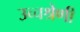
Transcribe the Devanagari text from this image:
उच्चश्रेणी